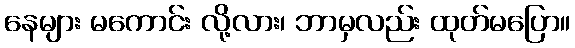
နေများ မကောင်း လို့လား၊ ဘာမှလည်း ထုတ်မပြော။